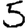
Digit: 5